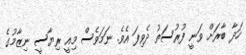
ހަދާ ބާރަށް ވަނީ ފުރުސަތު ދެވިފަ އެވެ. ނަމަވެސް މިއީ ރިޔާސީ ނިޒާމުގެ